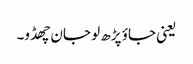
یعنی جاؤ پڑھ لو جان چھڈو۔